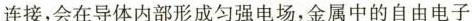
连接，会在导体内部形成匀强电场，金属中的自由电子